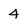
Character: 4